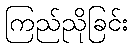
ကြည်ညိုခြင်း